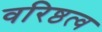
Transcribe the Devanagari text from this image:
वरिष्ठत्व